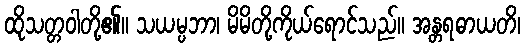
ထိုသတ္တဝါတို့၏။ သယမ္ပဘာ၊ မိမိတို့ကိုယ်ရောင်သည်။ အန္တရဓာယတိ၊